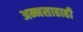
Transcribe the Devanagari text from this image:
अन्नसाठाही